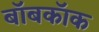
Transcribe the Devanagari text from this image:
बॉबकॉक